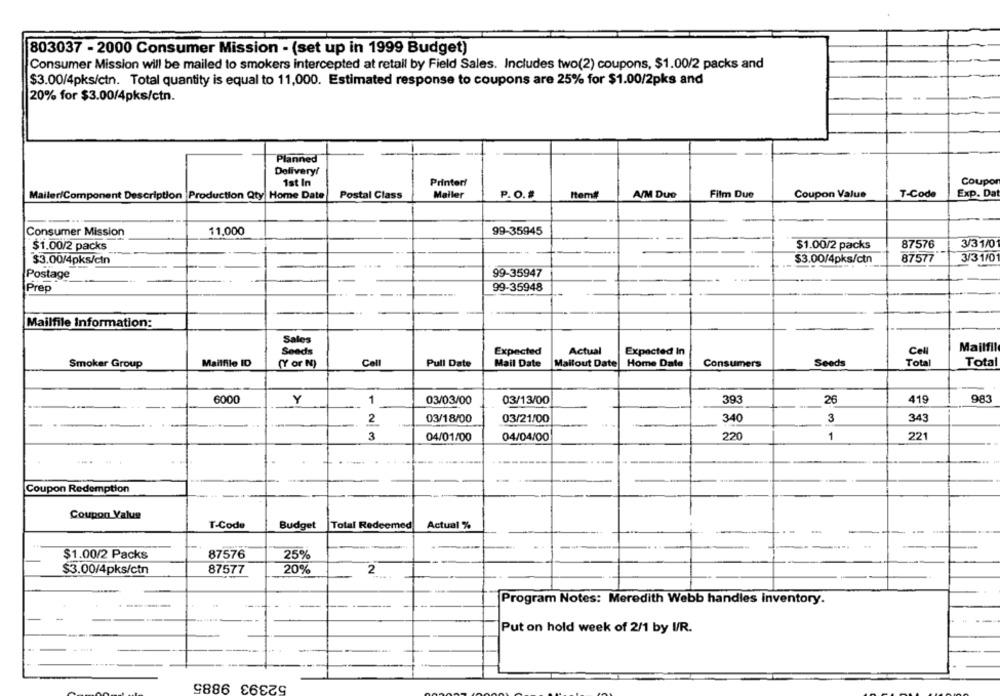
803037 - 2000 Consumer Mission - (set up in 1999 Budget)
Consumer Mission will be mailed to smokers intercepted at retail by Field Sales. Includes two(2) coupons, $1.00/2 packs and
$3.00/4pks/ctn. Total quantity is equal to 11,000. Estimated response to coupons are 25% for $1.00/2pks and
20% for $3.00/4pks/ctn.
Planned
Delivery/
Coupon
ist In
Printer!
Mailer/Component Description Production Qty Home Date
Mailer
P.O.#
Item
A/M Due
Film Due
Coupon Value
T-Code
Exp. Dat
Postal Class
Consumer Mission
11,000
99-35945
---
3/31/0
$1.00/2 packs
$1.00/2 packs
87576
3/31/0
$3.00/4pks/cin
$3.00/4pks/ctn
87577
Postage
99-35947
Prep
99-35948
-
Mailfile Information:
Sales
Mailfil
Seeds
Expected
Actual
Expected In
Cell
Total
Total
Smoker Group
Mailfile ID
(Y or N)
Cell
Pull Date
Mail Date
Mailout Date
Home Date
Consumers
Seeds
6000
Y
1
03/03/00
03/13/00
393
26
419
983
03/18/00
340
3
343
2
03/21/00
3
04/01/00
04/04/00
220
1
221
....
Coupon Redemption
Coupon Value
T-Code
Budget
Total Redeemed
Actual %
$1.00/2 Packs
87576
25%
$3.00/4pks/ctn
87577
20%
2
Program Notes: Meredith Webb handles inventory.
Put on hold week of 2/1 by I/R.
52393 9885